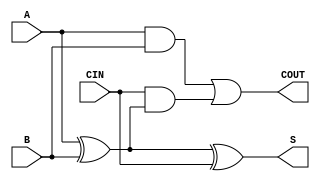
`timescale 1ns / 1ps
//////////////////////////////////////////////////////////////////////////////////
// Company: 
// 
// Design Name: Lab 2 Task 1
// Module Name: my_full_adder
// Project Name: 
// Target Devices: 
// Tool Versions: 
// Description: 
// 
// Dependencies: 
// 
// Revision:
// Revision 0.01 - File Created
// Additional Comments:
// 
//////////////////////////////////////////////////////////////////////////////////


module my_full_adder(
    input A,
    input B,
    input CIN,
    output S,
    output COUT
    );
    
    assign S = A ^ B ^ CIN;
    assign COUT = A & B | CIN & (A ^ B);
    
endmodule